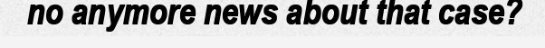
no anymore news about that case?